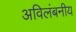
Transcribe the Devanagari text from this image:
अविलंबनीय